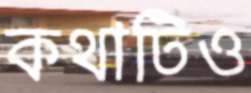
কথাটিও